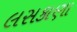
લસકાણા